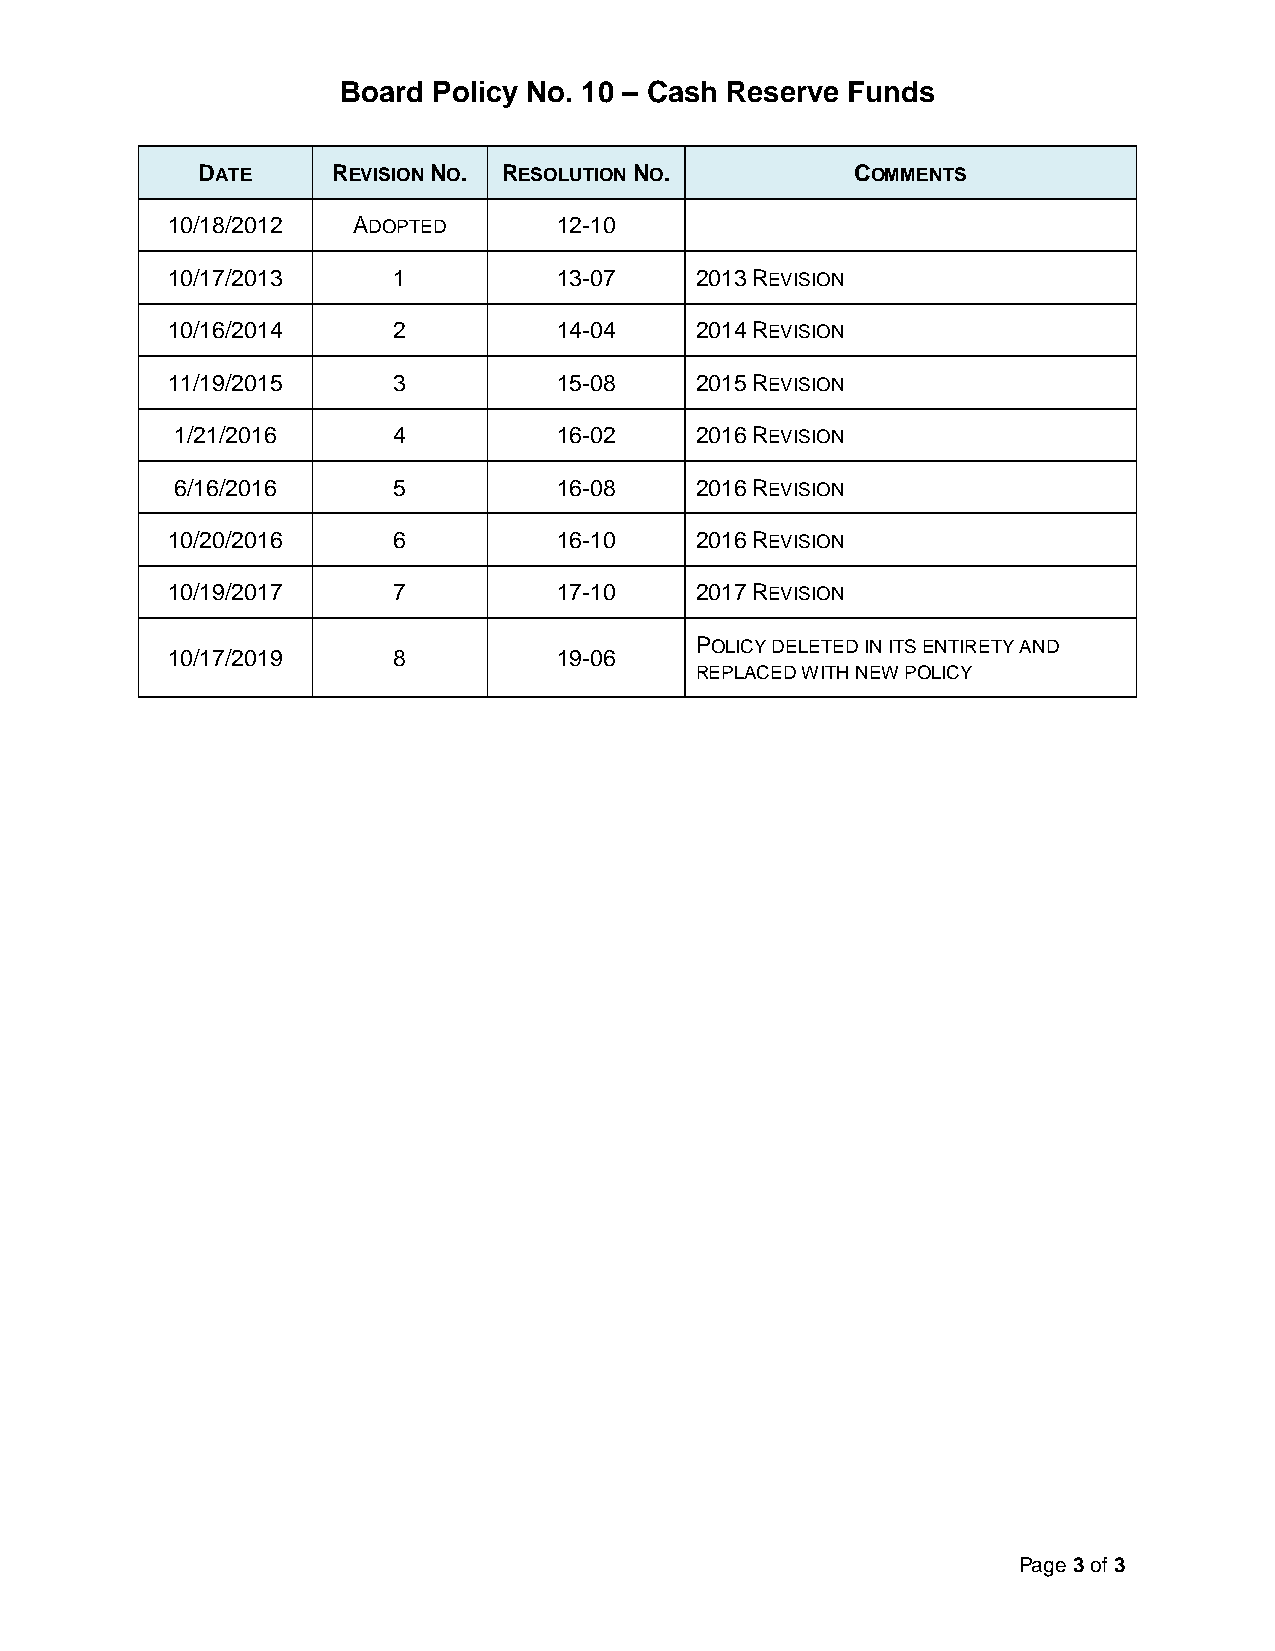
Board Policy No. 10 – Cash Reserve Funds
 DATE     REVISION NO. RESOLUTION NO.        COMMENTS
 10/18/2012  ADOPTED       12-10
 10/17/2013     1          13-07    2013 REVISION
 10/16/2014     2          14-04    2014 REVISION
 11/19/2015     3          15-08    2015 REVISION
 1/21/2016     4          16-02    2016 REVISION
 6/16/2016     5          16-08    2016 REVISION
 10/20/2016     6          16-10    2016 REVISION
 10/19/2017     7          17-10    2017 REVISION
 POLICY DELETED IN ITS ENTIRETY AND
 10/17/2019     8          19-06
 REPLACED WITH NEW POLICY
 Page 3 of 3